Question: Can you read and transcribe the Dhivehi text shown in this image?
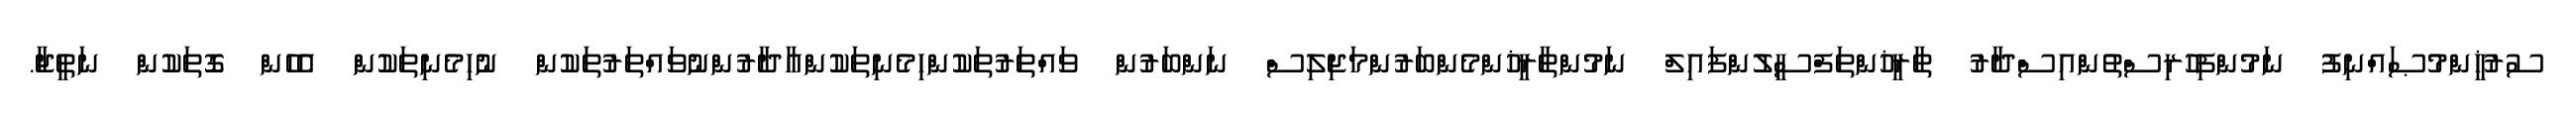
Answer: ސުރުޚީންމުޞައްނިފު ނަމުންފިހުރިސްތުންއިސްދާރު ތާރީޚުންތަފްސީލުންފައިލް ނަމުންތާރީޚުންމެންބަރުންމަޖިލިސް ނަންބަރުން ވައްތަރުތަކުންހިމެނިތަކުންއާދާރުންނުވައްތަރުތަކުން ނުހިމެނިތަކުން އެހެން ގޮތަކުން ނަތީޖާ.